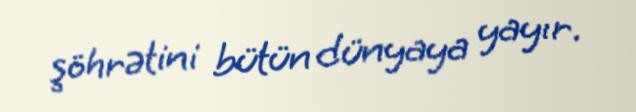
şöhrətini bütün dünyaya yayır.